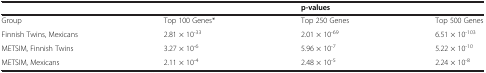
<table><thead><tr><td><b> </b></td><td><b> </b></td><td><b>p-values</b></td><td><b> </b></td></tr></thead><tbody><tr><td>Group</td><td>Top 100 Genes*</td><td>Top 250 Genes</td><td>Top 500 Genes</td></tr><tr><td>Finnish Twins, Mexicans</td><td>2.81 × 10<sup>-33</sup></td><td>2.01 × 10<sup>-69</sup></td><td>6.51 × 10<sup>-103</sup></td></tr><tr><td>METSIM, Finnish Twins</td><td>3.27 × 10<sup>-6</sup></td><td>5.96 × 10<sup>-7</sup></td><td>5.22 × 10<sup>-10</sup></td></tr><tr><td>METSIM, Mexicans</td><td>2.11 × 10<sup>-4</sup></td><td>2.48 × 10<sup>-5</sup></td><td>2.24 × 10<sup>-8</sup></td></tr></tbody></table>